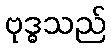
ဗုဒ္ဓသည်